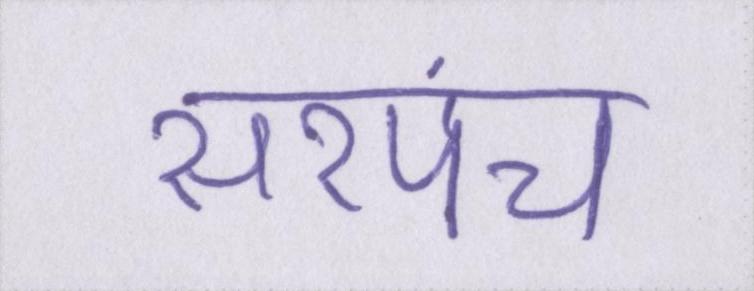
सरपंच